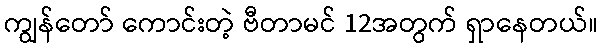
ကျွန်တော် ကောင်းတဲ့ ဗီတာမင် 12အတွက် ရှာနေတယ်။